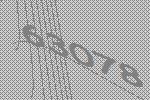
63078